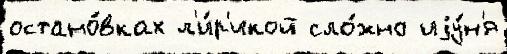
остано́вках л'и́р'икой сло́жно иjу́н'я